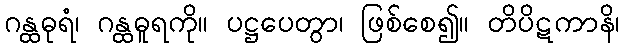
ဂန္ထဓုရံ၊ ဂန္ထဓူရကို။ ပဋ္ဌပေတွာ၊ ဖြစ်စေ၍။ တိပိဋကာနိ၊